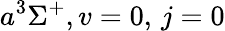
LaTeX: a^{3}\Sigma^{+},v=0,\, j=0